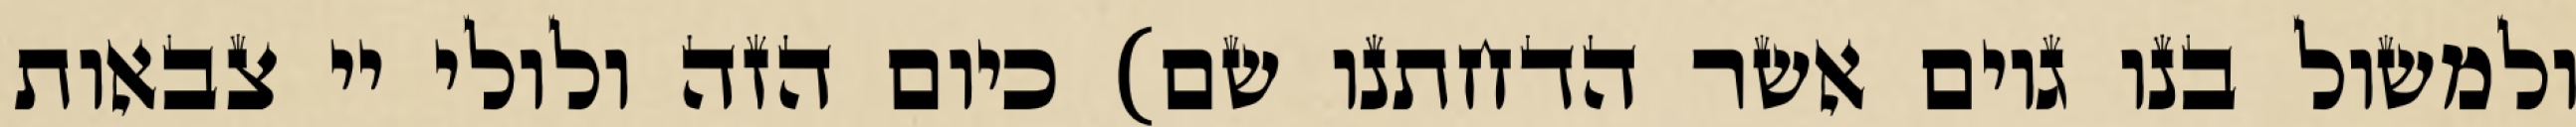
ולמשול בנו גוים אשר הדחתנו שם) כיום הזה ולולי יי צבאות